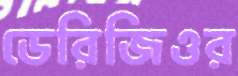
ডেরিজিওর